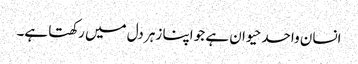
انسان واحد حیوان ہے جو اپنا زہر دل میں رکھتا ہے۔